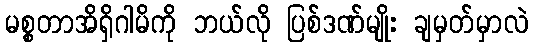
မစ္စတာအိရှိဂါမိကို ဘယ်လို ပြစ်ဒဏ်မျိုး ချမှတ်မှာလဲ